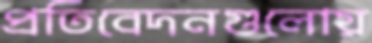
প্রতিবেদনগুলোয়